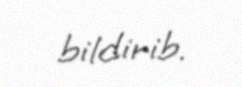
bildirib.